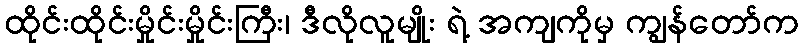
ထိုင်းထိုင်းမှိုင်းမှိုင်းကြီး၊ ဒီလိုလူမျိုး ရဲ့ အကျကိုမှ ကျွန်တော်က